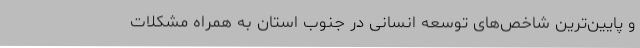
و پایین‌ترین شاخص‌های توسعه انسانی در جنوب استان به همراه مشکلات